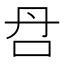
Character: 𰇋